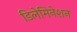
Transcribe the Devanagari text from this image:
डिलेमिनेशन